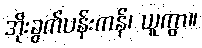
အိုးခွက်ပန်းကန်၊ ယူကွာ။